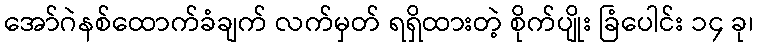
အော်ဂဲနစ်ထောက်ခံချက် လက်မှတ် ရရှိထားတဲ့ စိုက်ပျိုး ခြံပေါင်း ၁၄ ခု၊